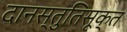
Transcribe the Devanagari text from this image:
दानस्तुतिसूक्त